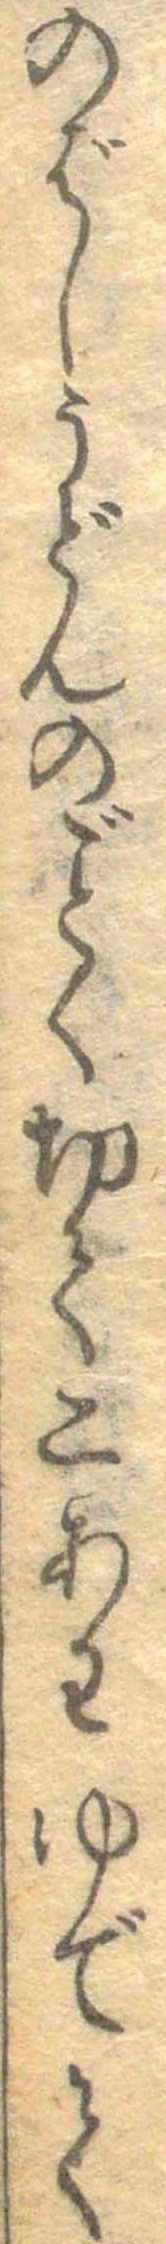
のばしうどんのごとく切て二あわゆでて